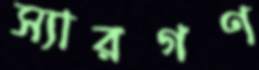
স্যারগণ